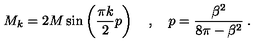
M _ { k } = 2 M \sin \left( \frac { \pi k } { 2 } p \right) \quad , \quad p = \frac { \beta ^ { 2 } } { 8 \pi - \beta ^ { 2 } } \: .